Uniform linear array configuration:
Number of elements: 24
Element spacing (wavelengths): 1
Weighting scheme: uniform
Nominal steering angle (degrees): -30
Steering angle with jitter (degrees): -28.662
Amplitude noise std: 0.05
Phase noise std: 0.05

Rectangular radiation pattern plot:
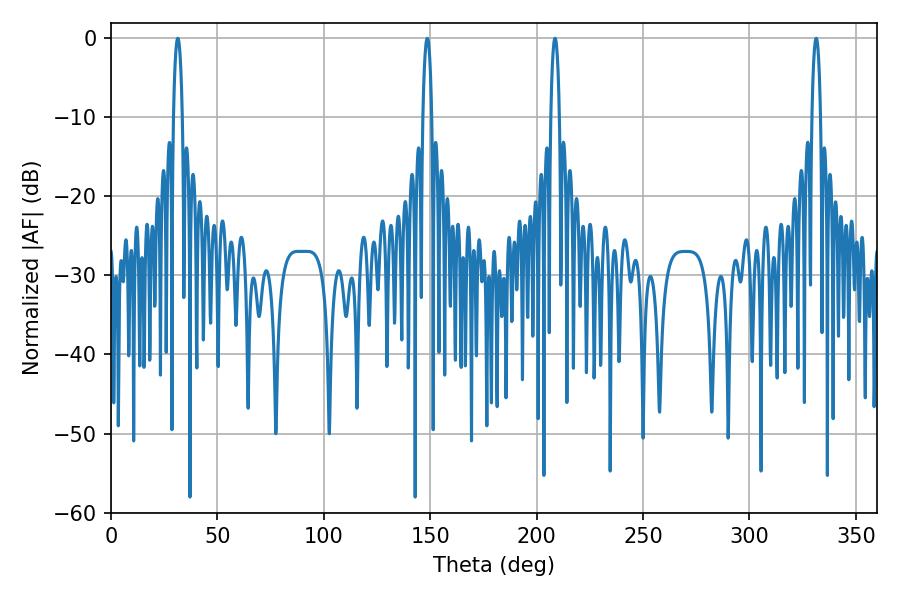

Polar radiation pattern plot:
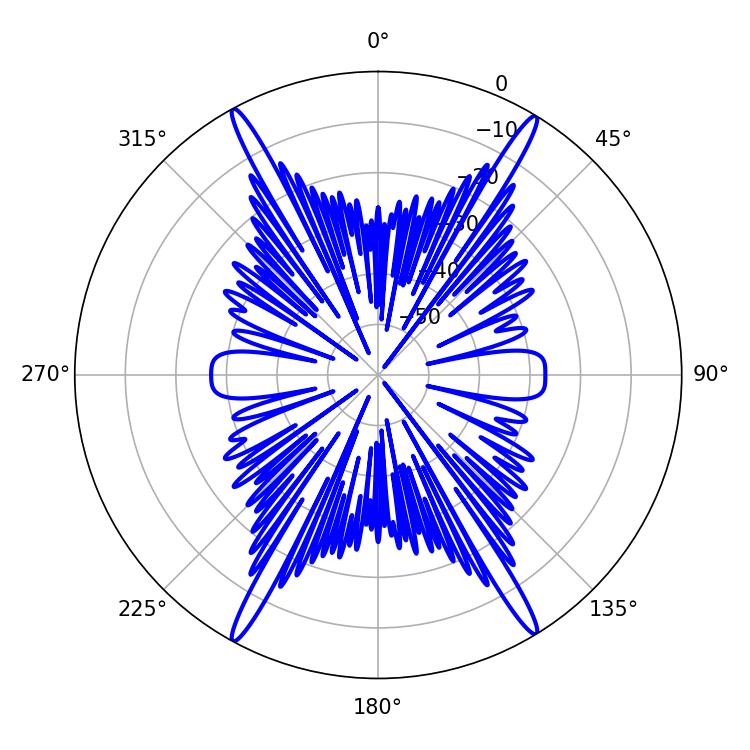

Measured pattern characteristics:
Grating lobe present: TRUE
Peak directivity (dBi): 25.809
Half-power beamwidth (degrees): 2.16
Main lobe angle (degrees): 331.38